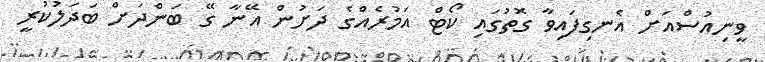
ވީނިއުސްއަށް އެނގިފައިވާ ގޮތުގައި ކޯޓް އަމުރެއްގެ ދަށުން އޭނާ ގޭ ބަންދަށް ބަދަލުކުރީ